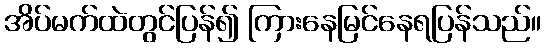
အိပ်မက်ထဲတွင်ပြန်၍ ကြားနေမြင်နေရပြန်သည်။